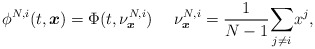
\begin{align*}\phi^{N,i}(t,\boldsymbol{x})=\Phi(t,\nu^{N,i}_{\boldsymbol{x}})~~~~\nu^{N,i}_{\boldsymbol{x}}=\frac{1}{N-1}\underset{j\neq i}{\sum} x^j,\end{align*}